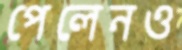
পেলেনও